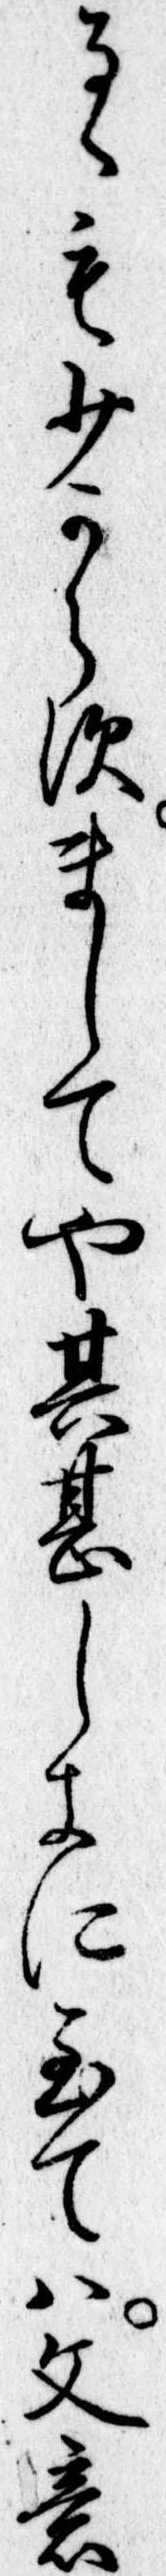
るゝも少からすましてや其甚しきに至ては文意